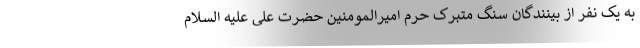
به یک نفر از بینندگان سنگ متبرک حرم امیرالمومنین حضرت علی علیه السلام